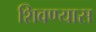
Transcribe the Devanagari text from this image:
शिवण्यास